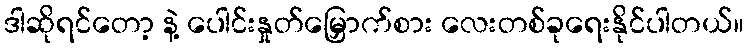
ဒါဆိုရင်တော့ နဲ့ ပေါင်းနှုတ်မြှောက်စား လေးတစ်ခုရေးနိုင်ပါတယ်။